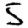
Digit: 5